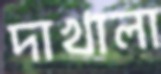
দাখালা